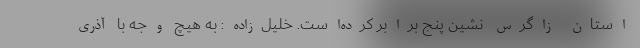
استان زاگرس نشین پنج برابر کرده‌است. خلیل‌زاده: به هیچ وجه با آذری